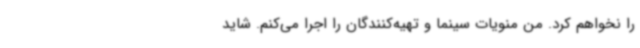
را نخواهم کرد. من منویات سینما و تهیه‌کنندگان را اجرا می‌کنم. شاید